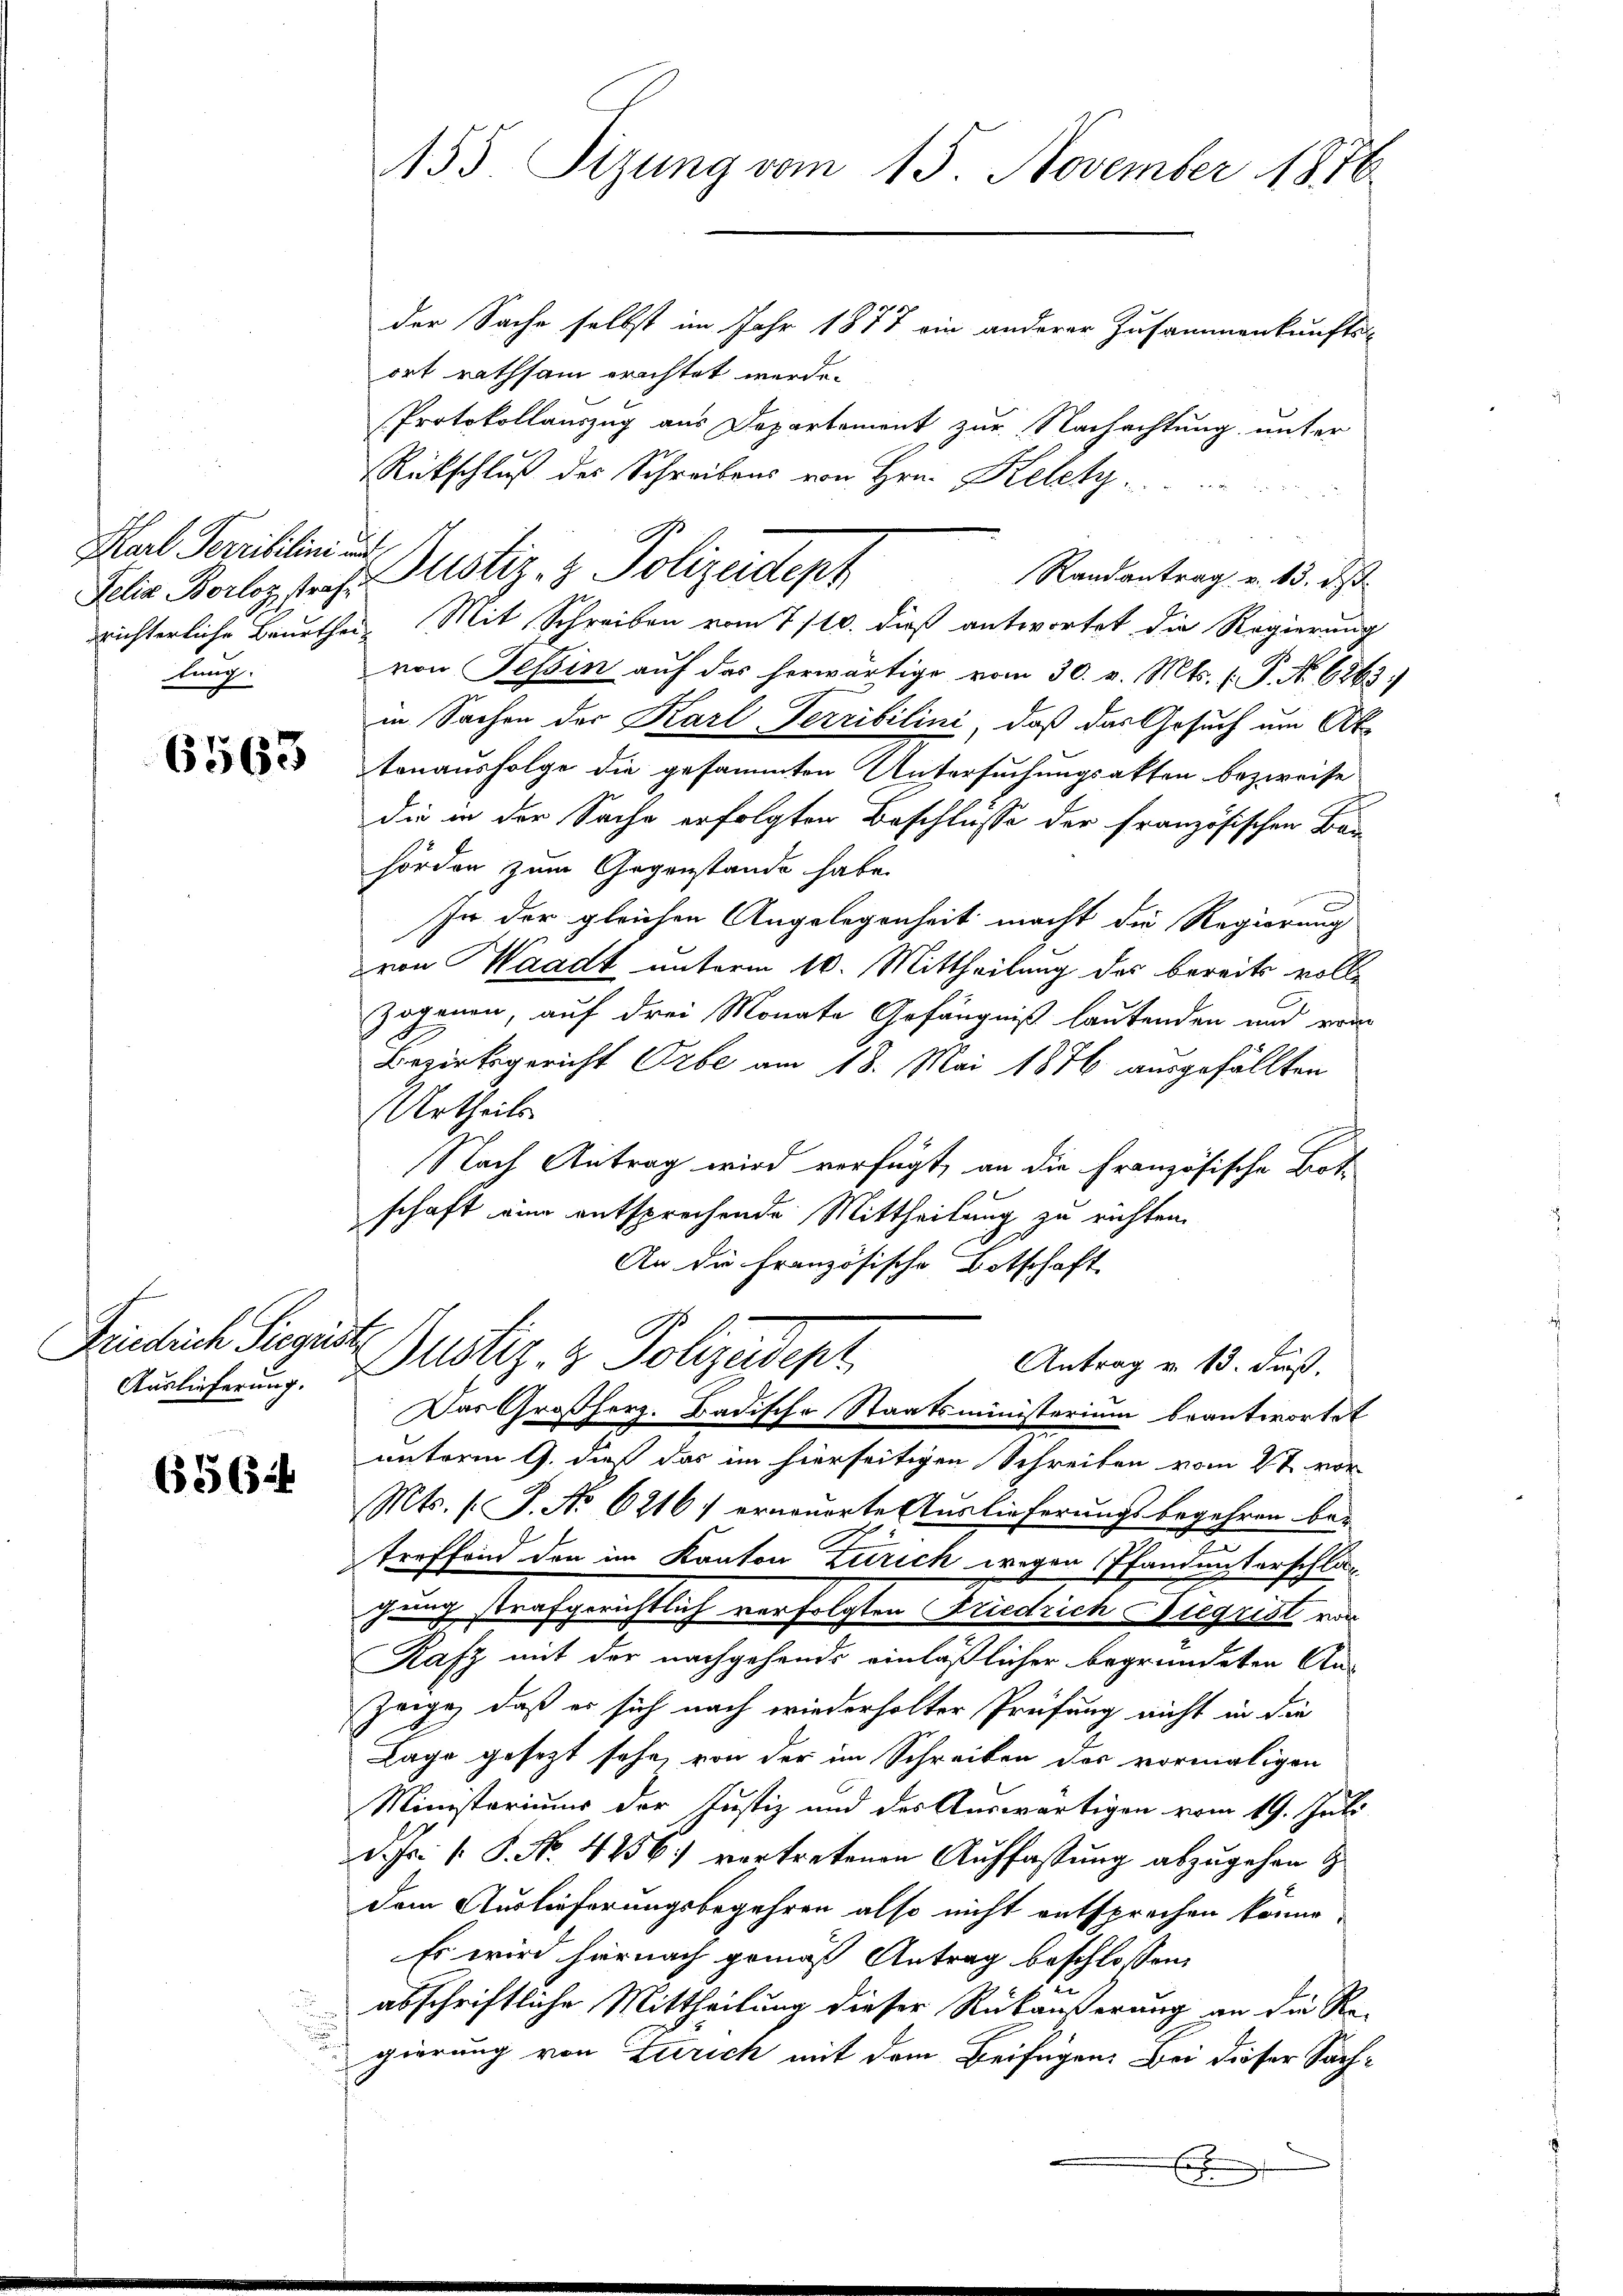
Karl Terribilini und
lung.

6563

Friedrich Siegist

65644

155. Sizung vom 15. November 1876
der Sache selbst im Jahr 1877 ein anderer Zusammenkunfts-

ort rathsam erachtet werde.
Protokollauszug aus Departement zur Nachachtung unter
wichterliche Beurthei Mit Schreiben vom 7./10. dieß antwortet die Regierung
von Tessin auf das herwärtige vom 30. v. Mts. (: P. No. 6263)
in Sachen der Karl-Terribilini, daß das Gesuch um Ak
tonausfolge die gesammten Untersuchungsakten bezweife
die in der Sache erfolgten Beschlüsse der französischen Bau-
hörden zum Gegenstände habe.
In der gleichen Angelegenheit macht die Regierung
von Waadt unterm 10. Mittheilung des bereits vollzogenen, auf drei Monate Gefängniß lautenden und von
Bezirksgericht Orbe am 18. Mai 1846 ausgefällten
Urtheils
Nach Antrag wird verfügt, an die Französische Botschaft in entsprechende Mittheilung zu richten.
An die Französische Botschaft

Rückschluß des Schreibens von Hrn. Kelch
Randantrag v. 13. ds
Sehr Berlos, das Justiz- & Polizeidteph

Antrag v. 13. Fuß.
Ausführung. Dustiz- & Polizeidepr
Das Großherz. Badische Staatsministerium beantwortet

unterm 9. dieß das im hierseitigen Schreiben vom 2t. vor
Mts. (T. No 6216) erneuerte Auslieferungsbegehren ber
treffend den im Kanton Zürich wegen Pfandensterschlägung strafgerichtlich verfolgten Friedrich Nigrist vor
Kafz mit der nachgehende einläßlicher begründeten An¬
Zeige, daß er sich nach wiederholter Prüfung nicht in die
Lage gesezt sehe, von der im Schreiben des vormaligen
Ministeriums der Justiz und des Auswärtigen vom 19. Juli
d. Js. v. P. No. 4856.) vertretenen Auffassung abzugehen z
dem Auslieferungsbegehren also nicht entsprechen könne.
Es wird hiernach gemäß Antrag beschlossen,
abschriftliche Mittheilung dieser Rückäußerung an die Re-
gierung von Zürich mit dem Beifügen: Bei dieser Sach¬
E